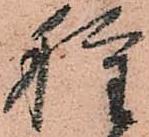
種